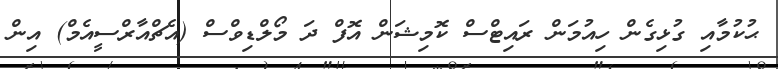
ޙުކުމާއި ގުޅިގެން ހިއުމަން ރައިޓްސް ކޮމިޝަން އޮފް ދަ މޯލްޑިވްސް (އެޗްއާރްސީއެމް) އިން